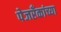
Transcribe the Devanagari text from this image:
पेजरँकांच्या